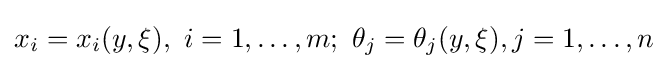
x_{i}=x_{i}(y,\xi ),\ i=1,\ldots ,m;\ \theta _{j}=\theta _{j}(y,\xi ),j=1,\ldots ,n